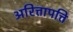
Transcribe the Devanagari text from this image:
अरित्तापत्ति